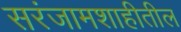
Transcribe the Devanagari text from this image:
सरंजामशाहीतील